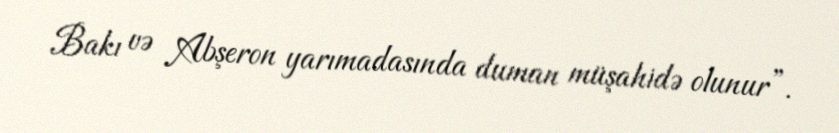
Bakı və Abşeron yarımadasında duman müşahidə olunur”.